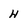
Character: H